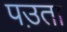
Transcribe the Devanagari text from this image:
पउ़ता